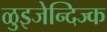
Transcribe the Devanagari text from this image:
ळुइजेन्दिज्क